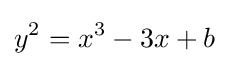
y^{2}=x^{3}-3x+b